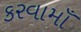
કરવામાઁ